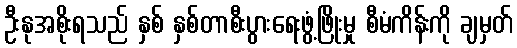
ဦးနုအစိုးရသည် နှစ် နှစ်တာစီးပွားရေးဖွံ့ဖြိုးမှု စီမံကိန်းကို ချမှတ်